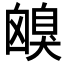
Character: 𦤟